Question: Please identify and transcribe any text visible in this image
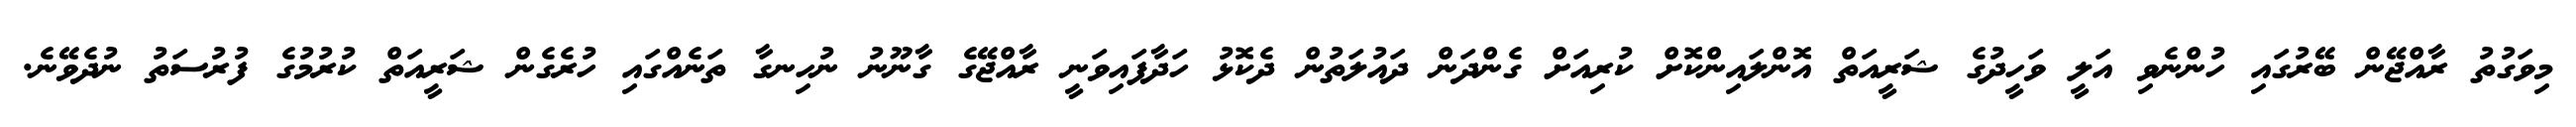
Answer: މިވަގުތު ރާއްޖޭން ބޭރުގައި ހުންނެވި އަލީ ވަހީދުގެ ޝަރީއަތް އޮންލައިންކޮށް ކުރިއަށް ގެންދަން ދައުލަތުން ދެކޮޅު ހަދާފައިވަނީ ރާއްޖޭގެ ގާނޫނު ނުހިނގާ ތަނެއްގައި ހުރެގެން ޝަރީއަތް ކުރުމުގެ ފުރުސަތު ނުދެވޭނެ.